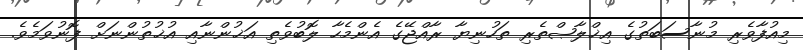
މިއުފާވެރި މުނާސަބަތުގެ އިޚްލާޞްތެރި ތަހުނިޔާ ރާއްޖޭގެ އެންމެހާ ލޮބުވެތި އަޚުންނާއި އުޚުތުންނަށް ފޮނުވަމެވެ.